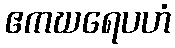
ဧကဃရေပဟံ